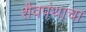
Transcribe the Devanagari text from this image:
शैवपंथाचा